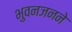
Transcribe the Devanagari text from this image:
भुवनजनने